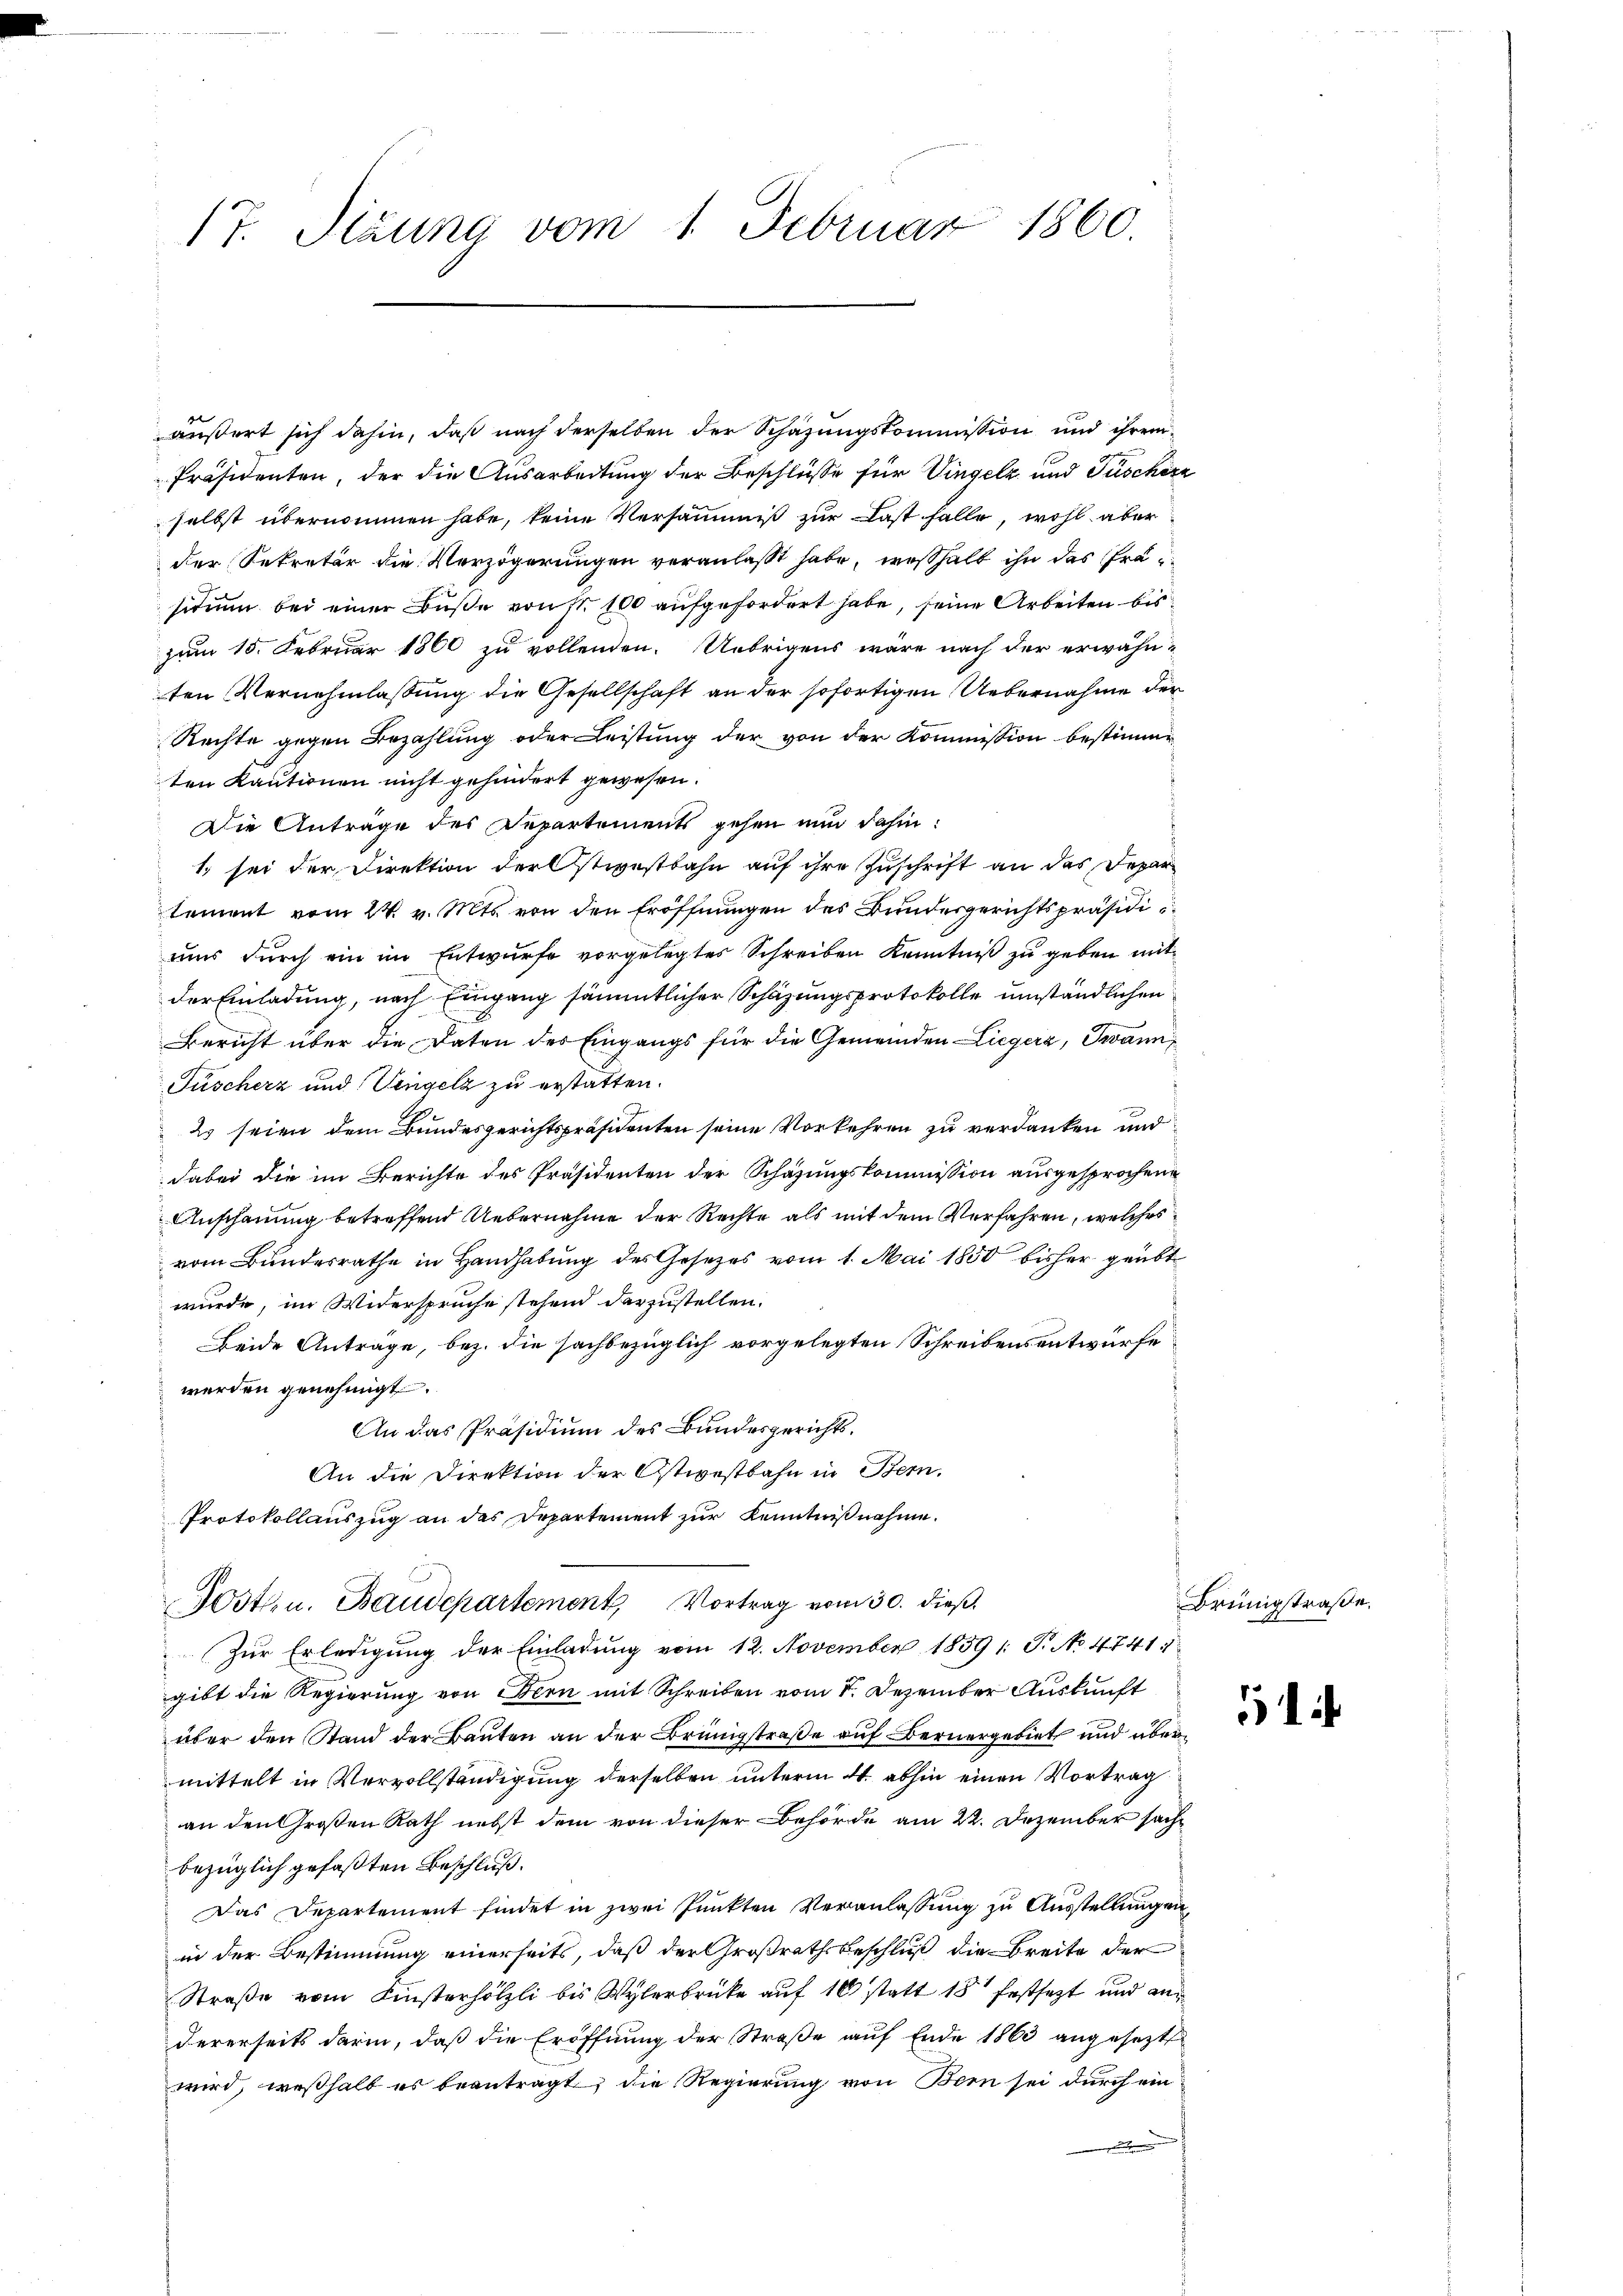
17. Sizung vom 1. Februar 1860

äußert sich dahin, daß nach derselben der Schazungskommission und ihrem
Präsidenten, der die Ausarbeitung der Beschlüsse für Vingelz und Tuscherz
selbst übernommen habe, keine Versammis zur Last falle, wohl aber
der Sekretär die Verzögerungen veranlaßt habe, weßhalb ihn des Präsidium bei einer Buße von Nr. 100 aufgefordert habe, seine Arbeiten bis
zum 15. Februar 1860 zu vollenden. Uebrigens wäre nach der erwähn-
ten Vernehmlassung die Gesellschaft an der sofortigen Uebernahme der
Rechte gegen Bezahlung oder Leistung der von der Kommission bestimme
ten Kautionen nicht gehindert gewesen.
Die Anträge des Departements gehen nun dahin:
1 sei der Direktion der stivestbahn auf ihre Zuschrift an das Depar
tement vom 24. v. Mts. von den Eröffnungen des Bundesgerichtspräsidiuns durch ein im Entwurfe vorgelegtes Schreiben Kenntniß zu geben mitder Einladung, nach Eingang sämmtlicher Schazungsprotokolle umständlichen
Bericht über die Daten des Eingangs für die Gemeinden Liegers, Twann
Füscherz und Vengelz zu erstatten.
23 seien dem Bundesgerichtspräsidenten seine Vorkehren zu verdanken und
dabei die im Berichte des Präsidenten der Schazungskommission ausgesprochene
Anschauung betreffend Uebernahme der Rechte als mit dem Verfahren, welches
vom Bundesrathe in Handhabung des Gesetzes vom 1. Mai 1850 bisher geübt
wurde, im Widerspruche stehend darzustellen.
Beide Antrage, bez. die sachbezüglich vorgelegten Schreibensentwurfe
werden genehmigt.
An das Präsidium des Bundesgerichts¬
An die Direktion der Ostwestbahn in Bern,
Protokollauszug an des Departement zur Kenntnißnahme.
Josten. Baudepartement, Vortrag vom 30. dieß
Zŭr Erledigung der Einladung vom 12. November 1859 1: P. No. 4741.
gibt die Regierung von Bern mit Schreiben vom I. Dezember Auskunft
über den Stand der Bauten an der Brüngstraße auf Bernergebiet und übermittelt in Vervollständigung derselben unterm 21. abhin einen Vortrag
an den Großen Rath nebst dem von dieser Behörde am 22. Dezember sachbezüglich gefaßten Beschluß.
Das Departement findet in zwei Punkten Veranlassung zu Ausstellungen
in der Bestimmung einerseits, daß der Großrathsbeschluß die Breite der
Straße vom Finsterhölzli bis Wylerbrücke auf 10 statt 18 festsezt und andererseits darin, daß die Eröffnung der Straße auf Ende 1863 angesetzt
wird, weßhalb es beantragt, die Regierung von Bern sei durch ein¬
.

Brüngstraße.

51